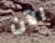
الآن